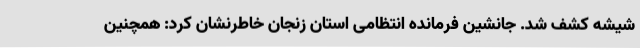
شیشه کشف شد. جانشین فرمانده انتظامی استان زنجان خاطرنشان کرد: همچنین